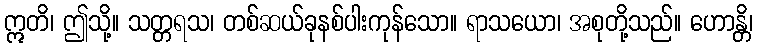
ဣတိ၊ ဤသို့။ သတ္တရသ၊ တစ်ဆယ်ခုနစ်ပါးကုန်သော။ ရာသယော၊ အစုတို့သည်။ ဟောန္တိ၊